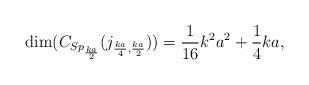
LaTeX: \begin{align*}\dim(C_{Sp_\frac{ka}{2}}{(j_{\frac{ka}{4},\frac{ka}{2}})}) = \frac{1}{16}k^2a^2+\frac{1}{4}ka, \end{align*}